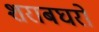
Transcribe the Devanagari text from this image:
शराबघरों